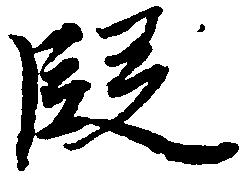
段